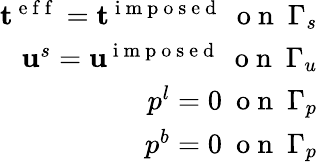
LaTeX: \begin{array}{r}{\mathbf{t}^{\mathrm{~e~f~f~}}=\mathbf{t}^{\mathrm{~i~m~p~o~s~e~d~}}~\mathrm{~o~n~}~\Gamma_{s}}\\ {\mathbf{u}^{s}=\mathbf{u}^{\mathrm{~i~m~p~o~s~e~d~}}~\mathrm{~o~n~}~\Gamma_{u}}\\ {p^{l}=0~\mathrm{~o~n~}~\Gamma_{p}}\\ {p^{b}=0~\mathrm{~o~n~}~\Gamma_{p}}\end{array}